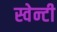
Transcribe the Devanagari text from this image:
स्वेन्‍टी